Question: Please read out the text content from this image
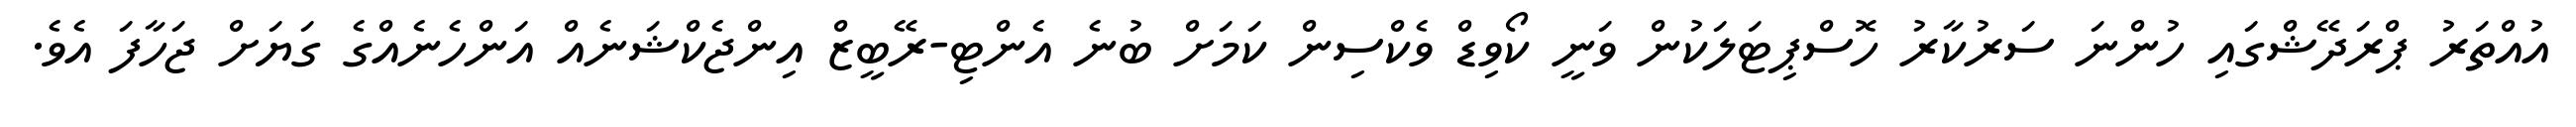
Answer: އުއްތަރު ޕްރަދޭޝްގައި ހުންނަ ސަރުކާރު ހޮސްޕިޓަލަކުން ވަނީ ކޯވިޑް ވެކްސިން ކަމަށް ބުނެ އެންޓި-ރޭބީޒް އިންޖެކްޝަނެއް އަންހެނެއްގެ ގަޔަށް ޖަހާފަ އެވެ.